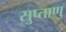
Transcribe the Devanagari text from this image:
सुप्ताणु